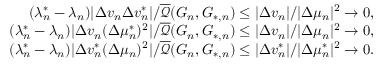
\begin{array} { r } { ( \lambda _ { n } ^ { * } - \lambda _ { n } ) | \Delta v _ { n } \Delta v _ { n } ^ { * } | / \overline { { \mathcal { Q } } } ( G _ { n } , G _ { * , n } ) \leq | \Delta v _ { n } | / | \Delta \mu _ { n } | ^ { 2 } \to 0 , } \\ { ( \lambda _ { n } ^ { * } - \lambda _ { n } ) | \Delta v _ { n } ( \Delta \mu _ { n } ^ { * } ) ^ { 2 } | / \overline { { \mathcal { Q } } } ( G _ { n } , G _ { * , n } ) \leq | \Delta v _ { n } | / | \Delta \mu _ { n } | ^ { 2 } \to 0 , } \\ { ( \lambda _ { n } ^ { * } - \lambda _ { n } ) | \Delta v _ { n } ^ { * } ( \Delta \mu _ { n } ) ^ { 2 } | / \overline { { \mathcal { Q } } } ( G _ { n } , G _ { * , n } ) \leq | \Delta v _ { n } ^ { * } | / | \Delta \mu _ { n } ^ { * } | ^ { 2 } \to 0 . } \end{array}